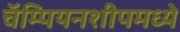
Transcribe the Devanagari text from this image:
चॅम्पियनशीपमध्ये